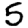
Digit: 5